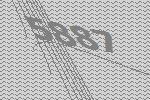
5887